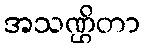
အသဏ္ဌိတာ